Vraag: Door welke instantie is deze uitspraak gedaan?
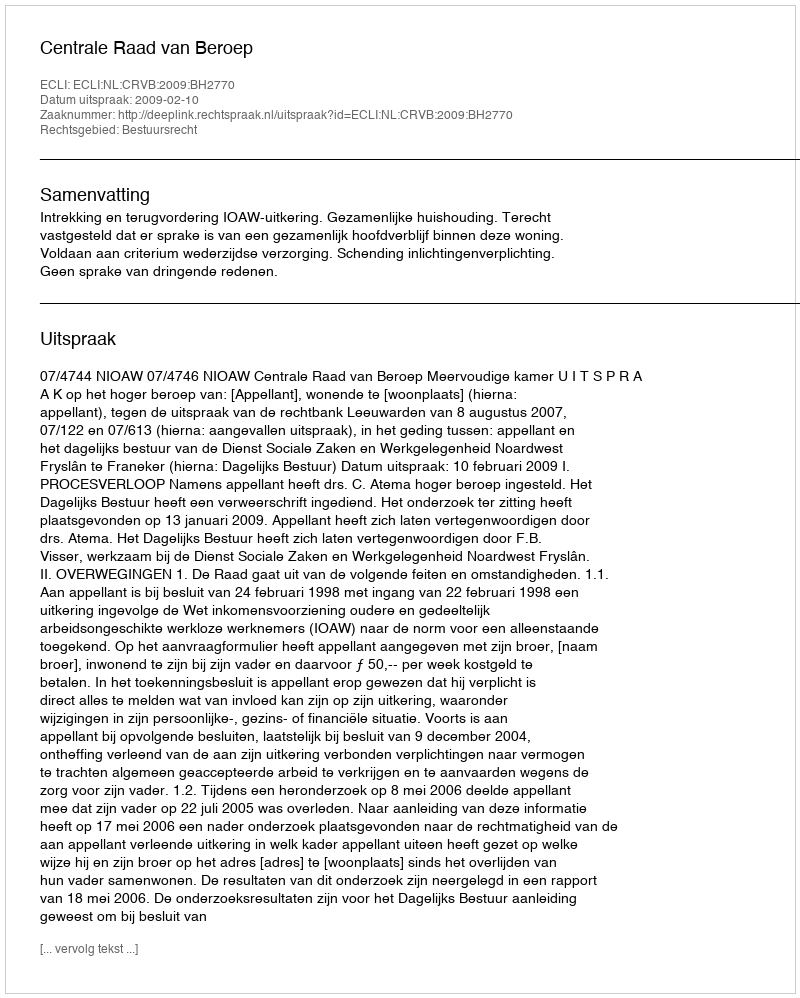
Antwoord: Centrale Raad van Beroep